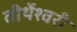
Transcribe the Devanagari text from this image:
तीर्थेश्वरी